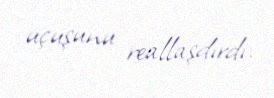
uçuşunu reallaşdırdı.